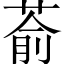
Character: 萮